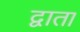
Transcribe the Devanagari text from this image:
द्वाता